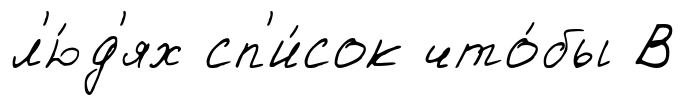
л'ю́д'ях сп'и́сок что́бы В